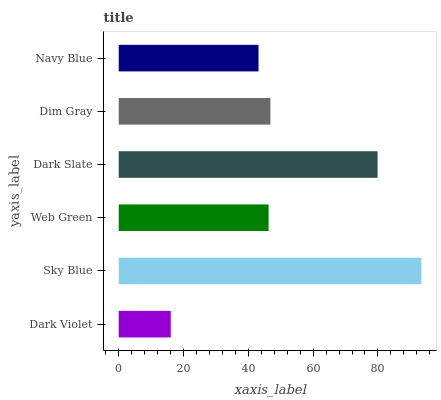
| yaxis_label | bars |
 | --- | --- |
 | Dark Violet | 16.1 |
 | Sky Blue | 93.4 |
 | Web Green | 46.2 |
 | Dark Slate | 79.9 |
 | Dim Gray | 46.8 |
 | Navy Blue | 43.1 |